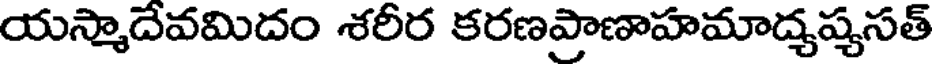
యస్మాదేవమిదం శరీర కరణప్రాణాహమాద్యష్యసత్